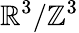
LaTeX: \mathbb{R}^{3}/\mathbb{Z}^{3}